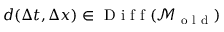
d ( \Delta t , \Delta x ) \in \mathrm { ~ D ~ i ~ f ~ f ~ } ( \mathcal { M } _ { \mathrm { ~ o ~ l ~ d ~ } } )